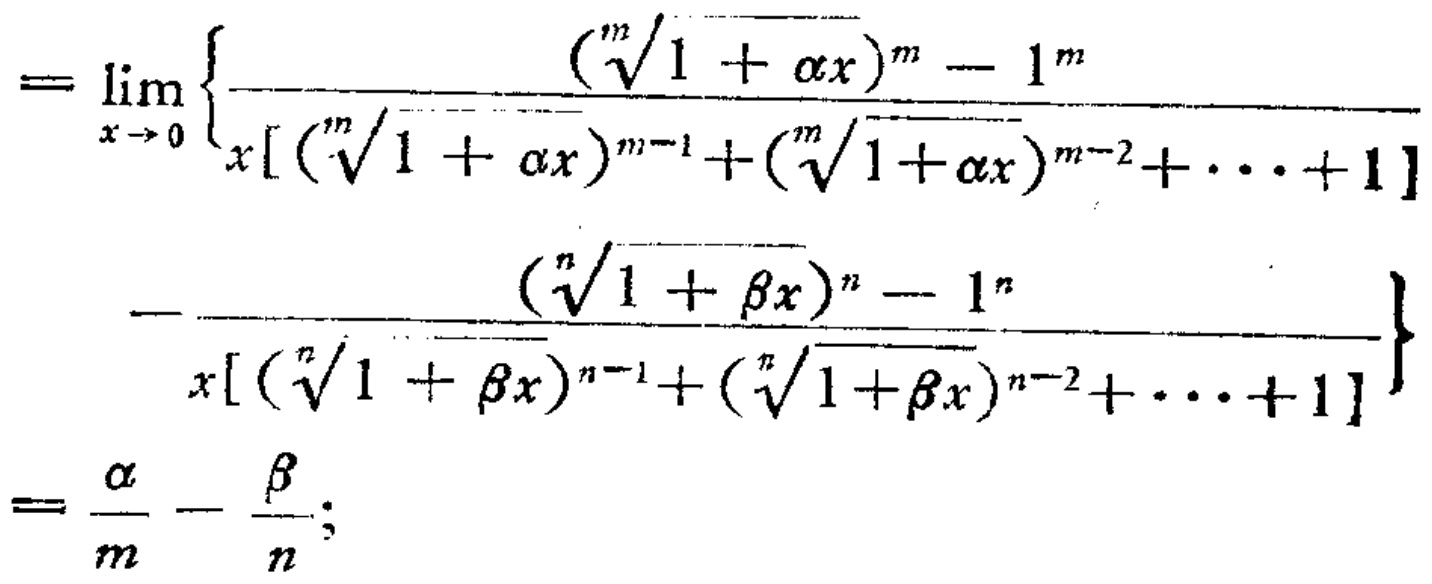
\[
\begin{align*}
=&\lim_{x \to 0} \left\{\frac{(\sqrt[m]{1 + \alpha x})^{m} - 1^{m}}{x[(\sqrt[m]{1 + \alpha x})^{m - 1}+(\sqrt[m]{1 + \alpha x})^{m - 2}+\cdots + 1]}\right.\\
&\left.-\frac{(\sqrt[n]{1 + \beta x})^{n} - 1^{n}}{x[(\sqrt[n]{1 + \beta x})^{n - 1}+(\sqrt[n]{1 + \beta x})^{n - 2}+\cdots + 1]}\right\}\\
=&\frac{\alpha}{m}-\frac{\beta}{n};
\end{align*}
\]